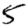
Digit: 5